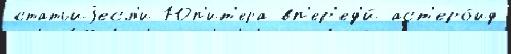
статьиjесл'и Юп'ит'ера вп'ер'ед'и́ аст'еро́ид